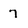
Character: 7